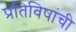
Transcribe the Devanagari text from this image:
प्रतिविषांची